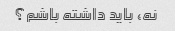
نه، باید داشته باشم؟